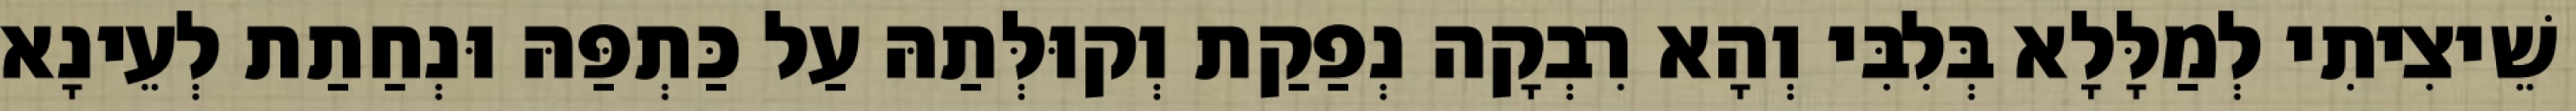
שֵׁיצִיתִי לְמַלָּלָא בְּלִבִּי וְהָא רִבְקָה נְפַקַת וְקוּלְּתַהּ עַל כַּתְפַּהּ וּנְחַתַת לְעֵינָא